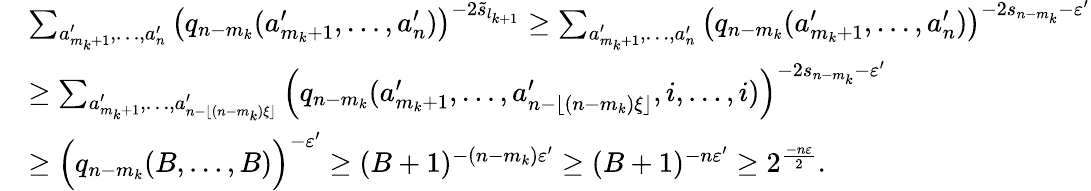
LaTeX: \begin{array}{rl}&{\sum_{a_{m_{k}+1}^{\prime},\ldots,a_{n}^{\prime}}\big(q_{n-m_{k}}(a_{m_{k}+1}^{\prime},\ldots,a_{n}^{\prime})\big)^{-2\widetilde{s}_{l_{k+1}}}\ge\sum_{a_{m_{k}+1}^{\prime},\ldots,a_{n}^{\prime}}\big(q_{n-m_{k}}(a_{m_{k}+1}^{\prime},\ldots,a_{n}^{\prime})\big)^{-2{s}_{n-m_{k}}-\varepsilon^{\prime}}}\\ &{\ge\sum_{a_{m_{k}+1}^{\prime},\ldots,a_{n-\lfloor(n-m_{k})\xi\rfloor}^{\prime}}\Big({q_{n-m_{k}}(a_{m_{k}+1}^{\prime},\ldots,a_{n-\lfloor(n-m_{k})\xi\rfloor}^{\prime},i,\ldots,i)}\Big)^{-2s_{n-m_{k}}-\varepsilon^{\prime}}}\\ &{\ge\Big({q_{n-m_{k}}(B,\ldots,B)}\Big)^{-\varepsilon^{\prime}}\ge({B+1})^{-(n-m_{k})\varepsilon^{\prime}}\ge({B+1})^{-n\varepsilon^{\prime}}\ge 2^{\frac{-n\varepsilon}{2}}.}\end{array}